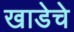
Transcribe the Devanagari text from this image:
खाडेचे